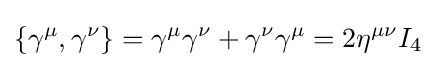
\left\{\gamma ^{\mu },\gamma ^{\nu }\right\}=\gamma ^{\mu }\gamma ^{\nu }+\gamma ^{\nu }\gamma ^{\mu }=2\eta ^{\mu \nu }I_{4}